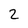
Character: 2